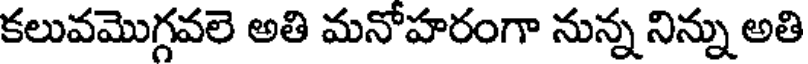
కలువమొగ్గవలె అతి మనోహరంగా నున్న నిన్ను అతి